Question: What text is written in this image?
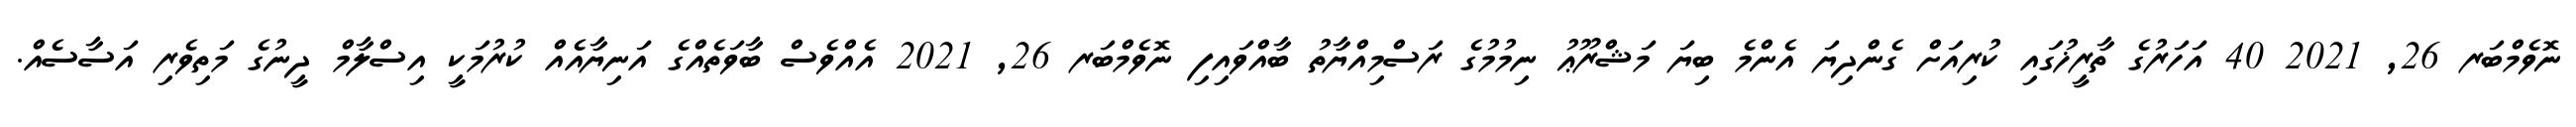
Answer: ނޮވެމްބަރ 26, 2021 40 އަހަރުގެ ތާރީޚުގައި ކުރިއަށް ގެންދިޔަ އެންމެ ބިޔަ މަޝްރޫޢު ނިމުމުގެ ރަސްމިއްޔާތު ބާއްވައިފި ނޮވެމްބަރ 26, 2021 އެއްވެސް ބާވަތެއްގެ އަނިޔާއެއް ކުރުމަކީ އިސްލާމް ދީނުގެ މަތިވެރި އަސާސެއް.